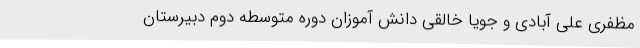
مظفری علی آبادی و جویا خالقی دانش آموزان دوره متوسطه دوم دبیرستان